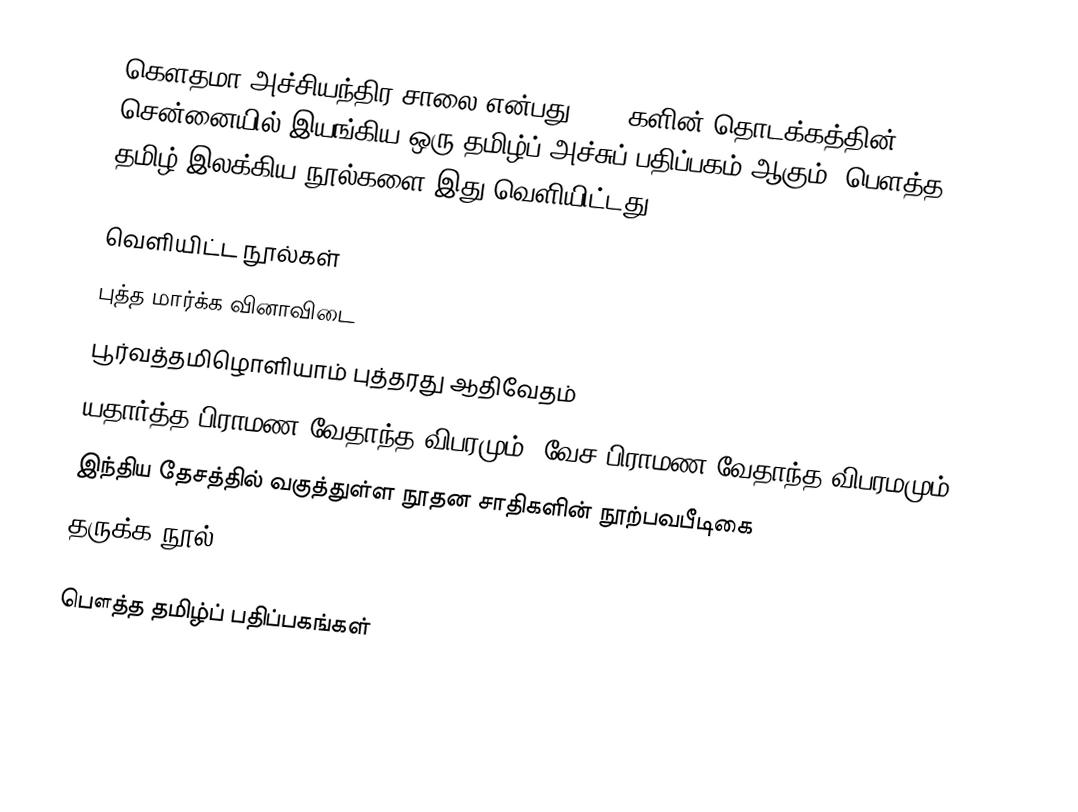
கெளதமா அச்சியந்திர சாலை என்பது 1900 களின் தொடக்கத்தின் சென்னையில் இயங்கிய ஒரு தமிழ்ப் அச்சுப் பதிப்பகம் ஆகும்.  பெளத்த தமிழ் இலக்கிய நூல்களை இது வெளியிட்டது.

வெளியிட்ட நூல்கள்
 புத்த மார்க்க வினாவிடை
 பூர்வத்தமிழொளியாம் புத்தரது ஆதிவேதம்
 யதார்த்த பிராமண வேதாந்த விபரமும், வேச பிராமண வேதாந்த விபரமமும்
 இந்திய தேசத்தில் வகுத்துள்ள நூதன சாதிகளின் நூற்பவபீடிகை
 தருக்க நூல்

பௌத்த தமிழ்ப் பதிப்பகங்கள்